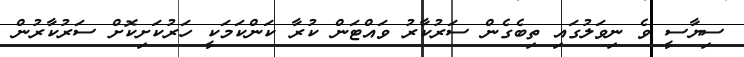
ސިޔާސީ ވެ ނިވަލުގައި ތިބެގެން ސަރުކާރު ވައްޓަން ކުރާ ކަންކަމަކީ ހަރުކަށިކޮށް ސަރުކާރުން